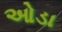
ઓડા